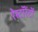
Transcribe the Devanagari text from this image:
रेस्टॉरेंटों